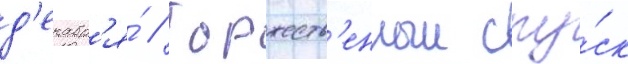
д'екабр'я́ // Торжеств'енныи спу́ск